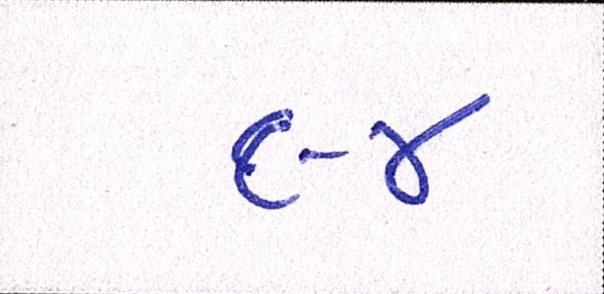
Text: ૯૪